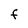
Character: F